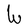
Character: W